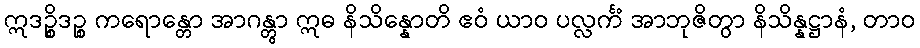
ဣဒဉ္စိဒဉ္စ ကရောန္တော အာဂန္တွာ ဣဓ နိသိန္နောတိ ဧဝံ ယာဝ ပလ္လင်္ကံ အာဘုဇိတွာ နိသိန္နဋ္ဌာနံ, တာဝ